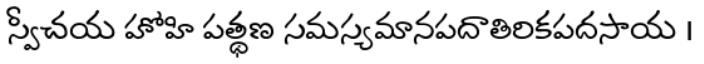
స్వీచయ హోహి పత్థణ సమస్యమానపదాతిరికపదసాయ ।